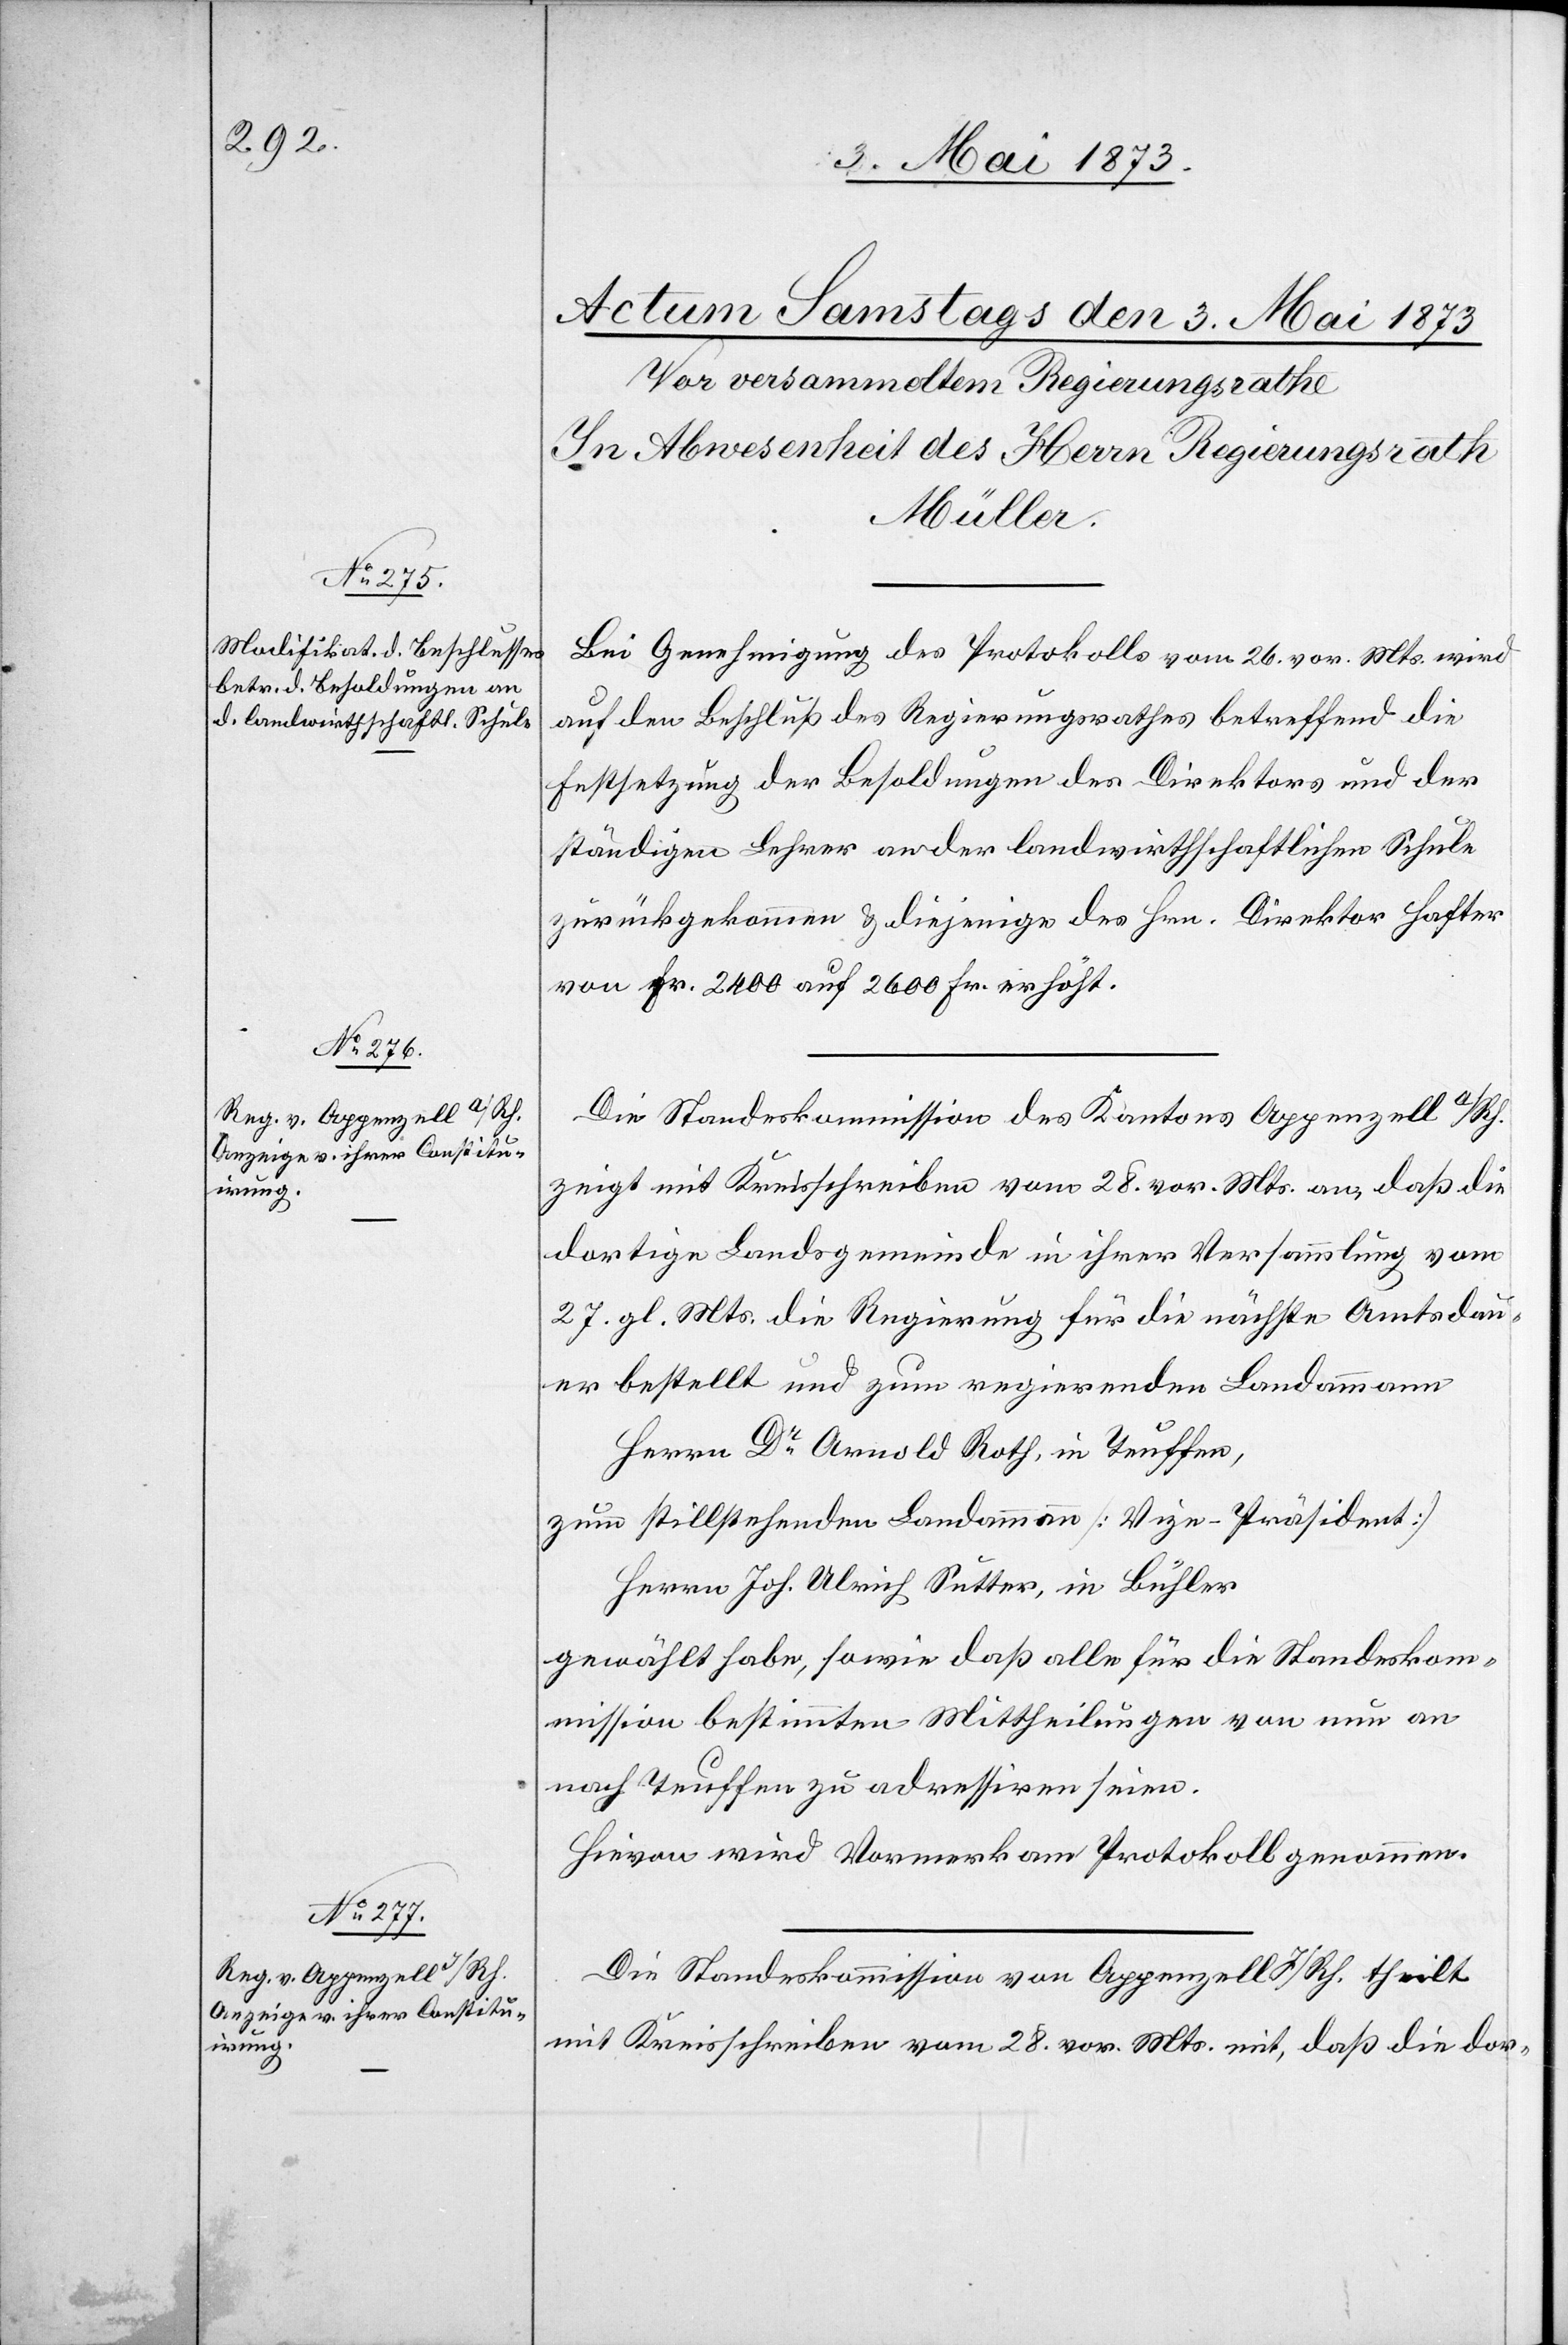
Bei Genehmigung des Protokolls vom 26. vor. Mts. wird
auf den Beschluß des Regierungsrathes betreffend die
Festsetzung der Besoldungen des Direktors und der
ständigen Lehrer an der landwirthschaftlichen Schule
zurückgekommen & diejenige des Hrn. Direktor Hafter
von Fr. 2 400 auf 2 600 Fr. erhöht.
Die Standeskommission des Kantons Appenzell a/Rh.
zeigt mit Kreisschreiben vom 28. vor. Mts. an, daß die
dortige Landsgemeinde in ihrer Versammlung vom
27. gl. Mts. die Regierung für die nächste Amtsdau¬
er bestellt und zum regierenden Landammann
Herrn Dr Arnold Roth, in Teuffen,
zum stillstehenden Landammann [Vize-Präsident]
Herrn Joh. Ulrich Sutter, in Bühler
gewählt habe, sowie daß alle für die Standeskom¬
mission bestimmten Mittheilungen von nun an
nach Teuffen zu adressiren seien.
Hievon wird Vormerk am Protokoll genommen.
Die Standeskommission von Appenzell I/Rh. theilt
mit Kreisschreiben vom 28. vor. Mts. mit, daß die dor-